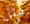
مثل